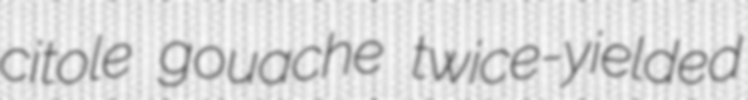
citole gouache twice-yielded